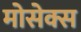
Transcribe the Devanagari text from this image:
मोसेक्स